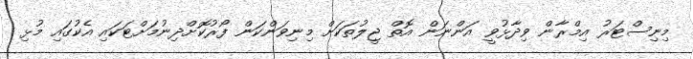
މިނިސްޓަރު އިމްރާން ވިދާޅުވީ އަންނަން އޮތް ޖީލުތަކަށް މިނިވަންކަން ފޯރުކޮށްދިނުމަށްޓަކައި އެކުގައި މުޅި